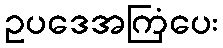
ဥပဒေအကြံပေး